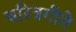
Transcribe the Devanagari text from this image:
चरित्रगीते